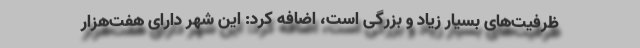
ظرفیت‌های بسیار زیاد و بزرگی است، اضافه کرد: این شهر دارای هفت‌هزار